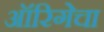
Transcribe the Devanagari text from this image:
ऑरिगेचा